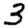
Digit: 3